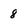
Character: 8